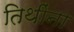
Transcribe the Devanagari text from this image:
तिथींना